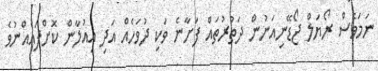
ނަމަވެސް ރޯޔަލް ޖޯޑޭނިއަނުން ދަތުރުތައް ފަށާނެ ވަކި ދުވަހެއް އަދި އިއުލާން ކޮށްފައެއްނުވެ